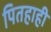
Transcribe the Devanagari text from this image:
पितहाही